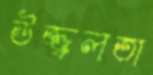
উজ্জ্বলতা